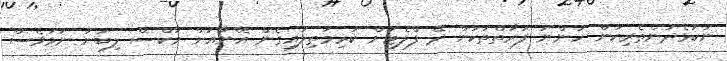
ނުކުޅެދުންތެރިކަން ހުންނަ ފަރާތްތަކަށް ދޭ ފްލެޓަށް ކުރިމަތިލައިގެން އޭނާއަށް މާކްސް ލިބުނު ނަމަވެސް